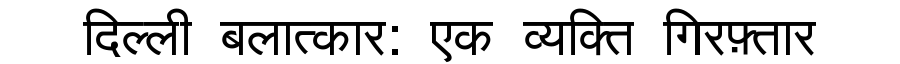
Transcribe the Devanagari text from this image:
दिल्ली बलात्कार: एक व्यक्ति गिरफ़्तार